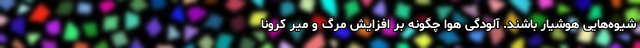
شیوه‌هایی هوشیار باشند. آلودگی هوا چگونه بر افزایش مرگ و میر کرونا